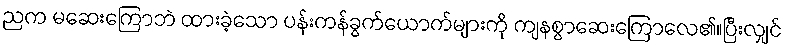
ညက မဆေးကြောဘဲ ထားခဲ့သော ပန်းကန်ခွက်ယောက်များကို ကျနစွာဆေးကြောလေ၏။ပြီးလျှင်